Vaccine operations Central Provinces 1886-1899 - 1886-1899
Year: 1886
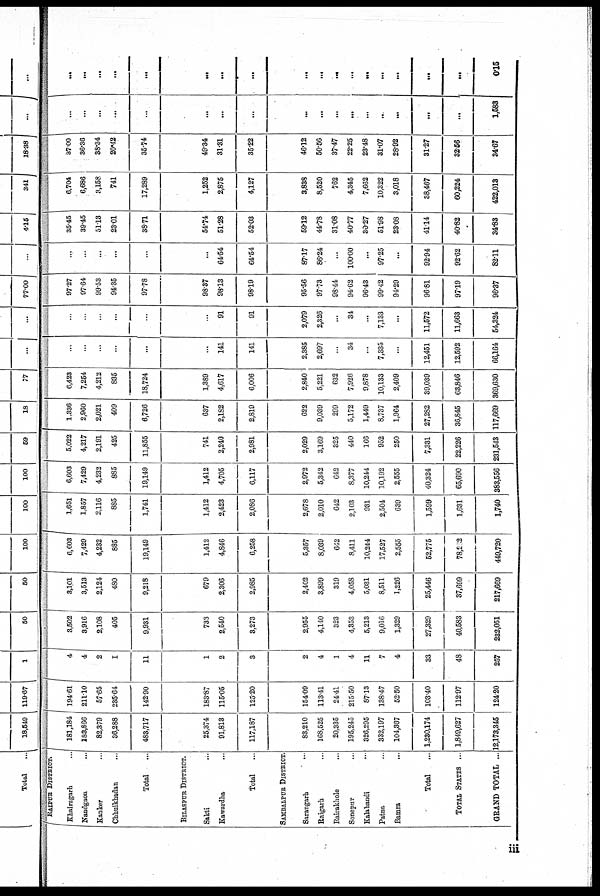
RAIPUR DISTRICT.
Khairagarh...
Nandgaon...
Kanker...
Chhuikhadan...
Total...
BILASPUR DISTRICT.
Sakti...
Kawardha...
Total...
SAMBALPUR DISTRICT.
Sarangarh...
Raigarh...
Rairakhole...
Sonepur...
Kalahandi...
Patna...
Bamra...
Total...
TOTAL STATES ...
GRAND TOTAL ...
181,184
183,866
82,379
36,288
483,717
25,374
91,813
117,187
83,210
168,525
20,335
195,245
326,295
332,197
104,367
1,230,174
1,849,627
12,173,345
194.61
211.10
57.65
235.64
142.90
183.87
115.05
125.20
154.09
113.41
24.41
215.50
87.13
138.47
52.50
103.40
112.97
124.20
4
4
2
I
11
1
2
3
2
4
1
4
11
7
4
33
48
257
3,502
3,916
2,108
405
9,931
733
2,540
3,273
2,955
4,140
323
4,353
5,213
9,016
1,329
27,329
40,583
232,051
3,101
3,513
2,124
480
9,218
679
2,306
2,985
2,402
3,899
319
4,058
5,031
8,511
1,226
25,446
37,699
217,669
6,603
7,429
4,232
885
19,149
1,412
4,846
6,258
5,357
8,039
642
8,411
10,244
17,527
2,555
52,775
78,202
449,720
1,651
1,857
2,116
885
1,741
1,412
2,423
2,086
2,678
2,010
642
2,103
931
2,504
639
1,599
1,631
1,740
6,603
7,429
4,232
885
19,149
1,412
4,705
6,117
2,972
5,342
642
8,377
10,244
10,192
2,555
40,324
65,690
383,556
5,022
4,217
2,191
425
11,855
741
2,240
2,981
2,029
3,169
325
440
166
952
250
7,331
22,226
231,543
1,336
2,960
2,021
409
6,726
637
2,182
2,819
622
9,039
299
5,172
1,449
8,737
1,964
27,282
36,845
117,669
6,423
7,254
4,212
835
18,724
1,389
4,617
6,006
2,840
5,221
632
7,926
9,878
10,133
2,409
39,039
63,846
369,630
...
...
...
...
...
...
141
141
2,385
2,697
...
34
...
7,335
...
12,451
12,592
66,164
...
...
...
...
...
...
91
91
2,079
2,326
...
34
...
7,133
...
11,572
11,663
54,324
97.27
97.64
99.53
94.35
97.78
98.37
98.13
98.19
95.56
97.73
98.44
94.62
96.43
99.42
94.29
96.81
97.19
96.37
...
...
...
...
...
...
64.54
64.54
87.17
86.24
...
100.00
...
97.25
...
92.94
92.62
82.11
35.45
39.45
51.13
23.01
38.71
54.74
51.28
52.03
59.12
44.78
31.08
40.77
30.27
51.98
23.08
41.14
40.82
34.83
6,704
6,686
3,158
741
17,289
1,252
2,875
4,127
3,838
8,520
762
4,345
7,662
10,322
3,018
38,467
60,224
422,013
37.00
36.36
38.34
20.42
35.74
49.34
31.31
35.22
46.12
50.56
37.47
22.25
23.48
31.07
28.92
31.27
32.56
34.67
...
...
...
...
...
...
...
...
...
...
...
...
...
...
...
...
...
1,583
...
...
...
...
...
...
...
...
...
...
...
...
...
...
...
...
...
0.15
iii